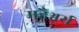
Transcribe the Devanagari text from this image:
महैश्वर्य